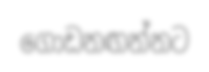
ගොඩනඟන්නට